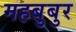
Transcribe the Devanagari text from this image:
महबुबुर